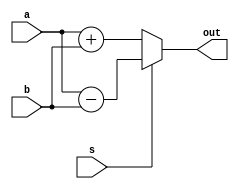
module add_sub (
	input s,
	input signed [15:0] a,b,
	output signed [15:0] out
);

	assign out = (s) ? a-b : a + b;

endmodule